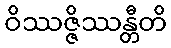
ဝိဿဇ္ဇိဿန္တီတိ